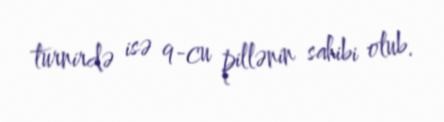
turnirdə isə 9-cu pillənin sahibi olub.